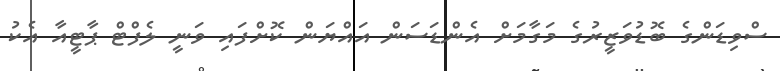
ސްވިޑަންގެ ބޮޑުވަޒީރުގެ މަގާމަށް އެންޑަސަން އައްޔަން ކޮށްފައި ވަނީ ލެފްޓް ޕާޓީއާ އެކު